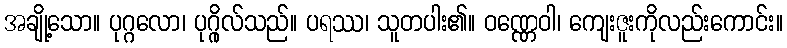
အချို့သော။ ပုဂ္ဂလော၊ ပုဂ္ဂိုလ်သည်။ ပရဿ၊ သူတပါး၏။ ဝဏ္ဏေဝါ၊ ကျေးဇူးကိုလည်းကောင်း။